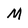
Character: M